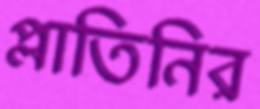
প্লাতিনির